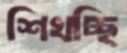
শিখচ্ছি